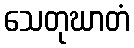
သေတုဃာတံ